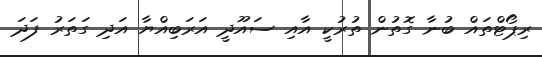
ރިޕޯޓްތައް ބުނާ ގޮތުން ތުރުކީ އާއި ސައޫދީ އަރަބިއްޔާ އަދި ގަތަރު ފަދަ